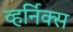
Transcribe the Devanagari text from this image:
व्हर्निक्स